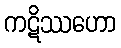
ကဋိဿဟော